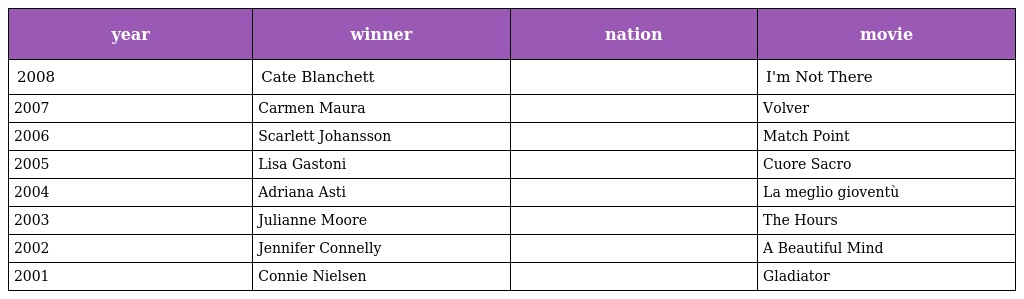
| year | winner | nation | movie |
 | --- | --- | --- | --- |
 | 2008 | Cate Blanchett |  | I'm Not There |
 | 2007 | Carmen Maura |  | Volver |
 | 2006 | Scarlett Johansson |  | Match Point |
 | 2005 | Lisa Gastoni |  | Cuore Sacro |
 | 2004 | Adriana Asti |  | La meglio gioventù |
 | 2003 | Julianne Moore |  | The Hours |
 | 2002 | Jennifer Connelly |  | A Beautiful Mind |
 | 2001 | Connie Nielsen |  | Gladiator |